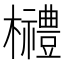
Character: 𣠲